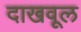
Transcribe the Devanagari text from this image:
दाखवूल